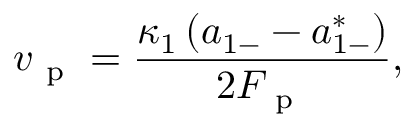
v _ { \mathrm { ~ p ~ } } = \frac { \kappa _ { 1 } \left( a _ { 1 - } - a _ { 1 - } ^ { * } \right) } { 2 F _ { \mathrm { ~ p ~ } } } ,